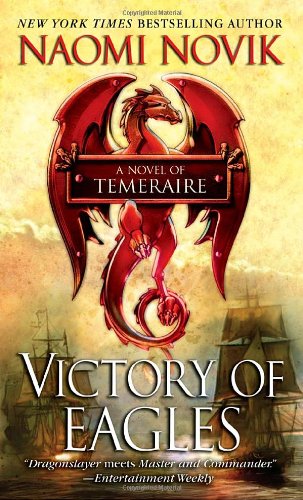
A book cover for Victory of Eagles (Temeraire); Naomi Novik; Science Fiction & Fantasy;